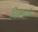
ધિરનારા